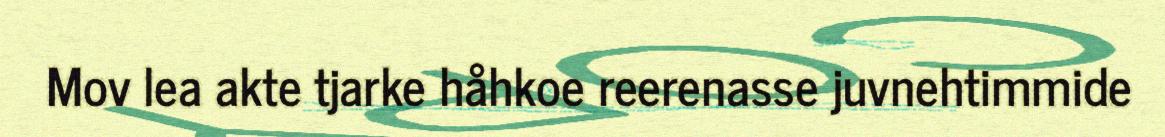
Mov lea akte tjarke håhkoe reerenasse juvnehtimmide